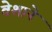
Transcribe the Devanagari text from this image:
वेशाने